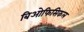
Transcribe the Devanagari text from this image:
बिओफिसिकल